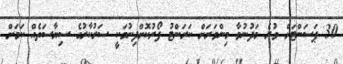
30 ޕަސަންޓަށް ވުރެ މަދުނުވާ މިންވަރަށް ކަރަންޓު ފޯރުކޮށްދިނުމަކީ ސަރުކާރުގެ ސިޔާސަތެއް ކަމަށް